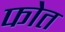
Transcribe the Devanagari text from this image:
फोत